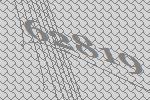
62819